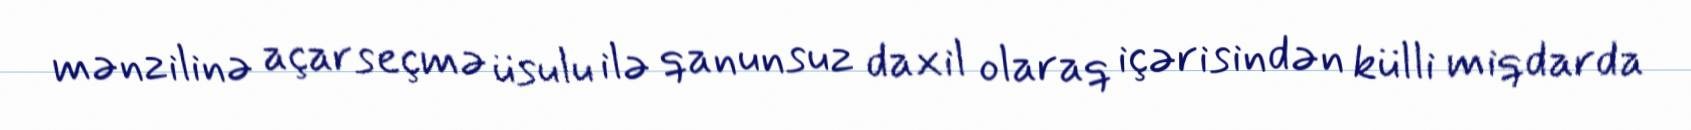
mənzilinə açarseçmə üsulu ilə qanunsuz daxil olaraq içərisindən külli miqdarda